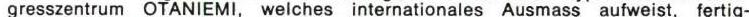
gresszentrum OTANIEMI, welches internationles Ausmass aufweist, fertig-